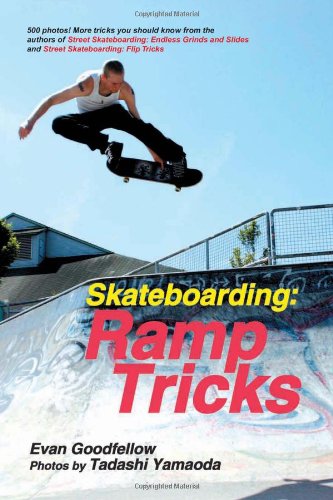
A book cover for Skateboarding: Ramp Tricks; Evan Goodfellow; Sports & Outdoors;